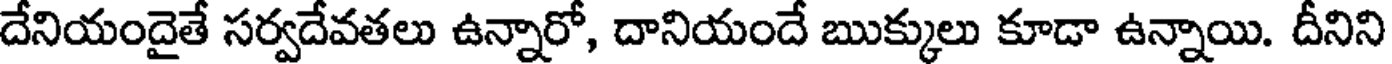
దేనియందైతే సర్వదేవతలు ఉన్నారో, దానియందే ఋక్కులు కూడా ఉన్నాయి. దీనిని